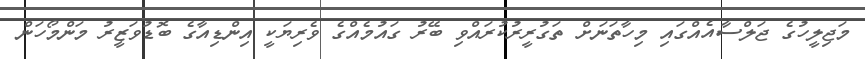
މަޖިލީހުގެ ޖަލްސާއެއްގައި މިހާތަނަށް ތަގުރީރުކުރައްވި ބޭރު ގައުމެއްގެ ވެރިޔަކީ އިންޑިއާގެ ބޮޑުވަޒީރު މަންމޯހަން